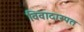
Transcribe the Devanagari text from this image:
विवादास्पत